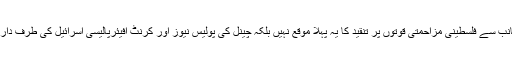
خیال رہے کہ العربیہ چینل کی جانب سے فلسطینی مزاحمتی قوتوں پر تنقید کا یہ پہلا موقع نہیں بلکہ چینل کی پولیس نیوز اور کرنٹ افیئرپالیسی اسرائیل کی طرف داری کا واضح ثبوت پیش کرتی ہے۔